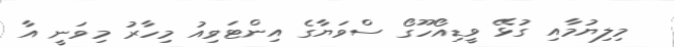
މިލިޔުމާއި ގުޅޭ ވީޑިއޯހޫގޯ ސްވަޔާގެ އިންޓަވިއު މިހާރު މިވަނީ އާ